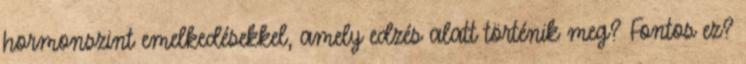
hormonszint emelkedésekkel, amely edzés alatt történik meg? Fontos ez?